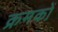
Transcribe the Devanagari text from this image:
क्रमकों